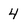
Character: 4